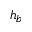
h _ { b }